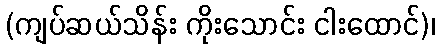
(ကျပ်ဆယ်သိန်း ကိုးသောင်း ငါးထောင်)၊